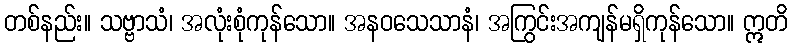
တစ်နည်း။ သဗ္ဗာသံ၊ အလုံးစုံကုန်သော။ အနဝသေသာနံ၊ အကြွင်းအကျန်မရှိကုန်သော။ ဣတိ